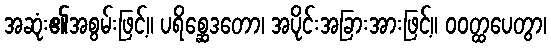
အဆုံး၏အစွမ်းဖြင့်။ ပရိစ္ဆေဒတော၊ အပိုင်းအခြားအားဖြင့်။ ဝဝတ္ထပေတွာ၊